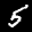
Label: 5